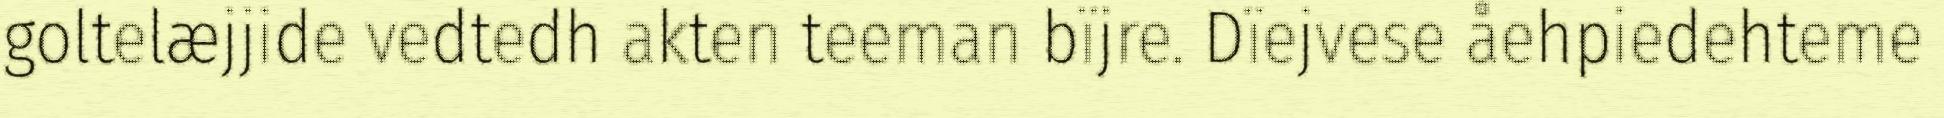
goltelæjjide vedtedh akten teeman bïjre. Dïejvese åehpiedehteme